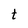
Character: t